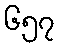
၆၅၇